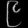
Digit: ၉